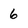
Character: 6